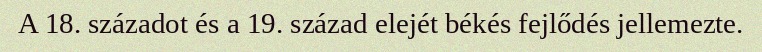
A 18. századot és a 19. század elejét békés fejlődés jellemezte.